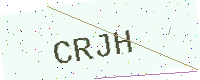
Text: CRJH